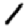
Digit: 1